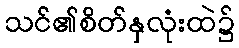
သင်၏စိတ်နှလုံးထဲ၌